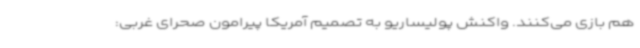
هم بازی می‌کنند. واکنش پولیساریو به تصمیم آمریکا پیرامون صحرای غربی: